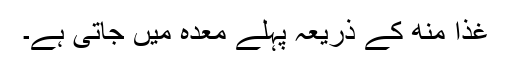
غذا منھ کے ذریعہ پہلے معدہ میں جاتی ہے۔